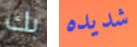
بك شديده